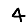
Digit: 4